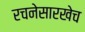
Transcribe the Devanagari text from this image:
रचनेसारखेच